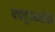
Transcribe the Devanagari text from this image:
फ्फ्त्तुय्ब्य्सेस्र